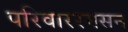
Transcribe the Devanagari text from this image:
परिवाररमसन